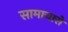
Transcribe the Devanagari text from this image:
सामाचारों